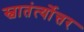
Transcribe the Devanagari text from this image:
स्वातंर्त्योत्तर